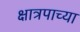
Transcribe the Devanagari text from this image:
क्षात्रपाच्या